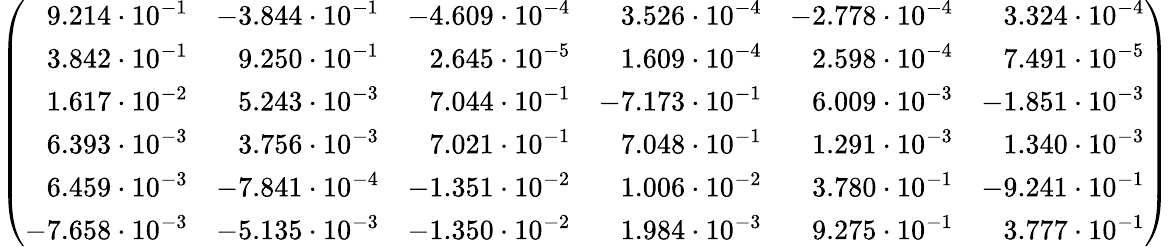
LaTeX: \left(\begin{array}{rrrrrr}{9.214\cdot 10^{-1}}&{-3.844\cdot 10^{-1}}&{-4.609\cdot 10^{-4}}&{3.526\cdot 10^{-4}}&{-2.778\cdot 10^{-4}}&{3.324\cdot 10^{-4}}\\ {3.842\cdot 10^{-1}}&{9.250\cdot 10^{-1}}&{2.645\cdot 10^{-5}}&{1.609\cdot 10^{-4}}&{2.598\cdot 10^{-4}}&{7.491\cdot 10^{-5}}\\ {1.617\cdot 10^{-2}}&{5.243\cdot 10^{-3}}&{7.044\cdot 10^{-1}}&{-7.173\cdot 10^{-1}}&{6.009\cdot 10^{-3}}&{-1.851\cdot 10^{-3}}\\ {6.393\cdot 10^{-3}}&{3.756\cdot 10^{-3}}&{7.021\cdot 10^{-1}}&{7.048\cdot 10^{-1}}&{1.291\cdot 10^{-3}}&{1.340\cdot 10^{-3}}\\ {6.459\cdot 10^{-3}}&{-7.841\cdot 10^{-4}}&{-1.351\cdot 10^{-2}}&{1.006\cdot 10^{-2}}&{3.780\cdot 10^{-1}}&{-9.241\cdot 10^{-1}}\\ {-7.658\cdot 10^{-3}}&{-5.135\cdot 10^{-3}}&{-1.350\cdot 10^{-2}}&{1.984\cdot 10^{-3}}&{9.275\cdot 10^{-1}}&{3.777\cdot 10^{-1}}\end{array}\right)